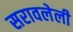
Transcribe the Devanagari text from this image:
सरावलेली